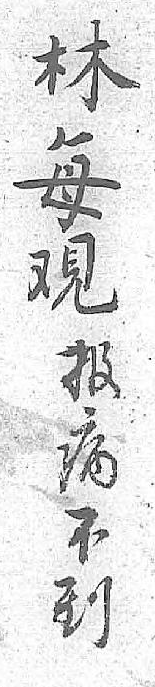
林报每病覌不 到